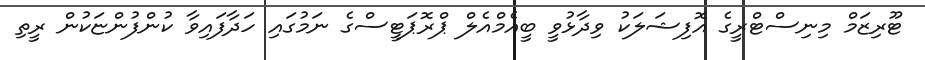
ޓޫރިޒަމް މިނިސްޓްރީގެ އޮފިޝަލަކު ވިދާޅުވީ ބީއެމްއެލް ޕްރޮޕަޓީސްގެ ނަމުގައި ހަދާފައިވާ ކުންފުންޏަކުން ރީތި